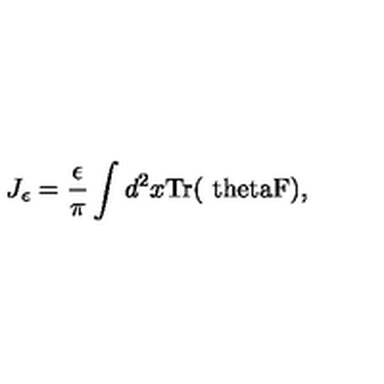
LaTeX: J _ { \epsilon } = \frac { \epsilon } { \pi } \int d ^ { 2 } x \mathrm { T r ( \ t h e t a F ) } ,